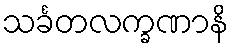
သင်္ခတလက္ခဏာနိ